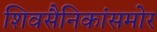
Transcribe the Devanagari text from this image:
शिवसैनिकांसमोर